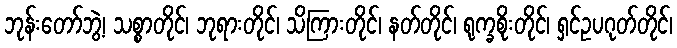
ဘုန်းတော်ဘွဲ့၊ သစ္စာတိုင်၊ ဘုရားတိုင်၊ သိကြားတိုင်၊ နတ်တိုင်၊ ရုက္ခစိုးတိုင်၊ ရှင်ဥပဂုတ်တိုင်၊